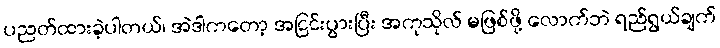
ပညတ်ထားခဲ့ပါတယ်၊ အဲဒါကတော့ အငြင်းပွားပြီး အကုသိုလ် မဖြစ်ဖို့ လောက်ဘဲ ရည်ရွယ်ချက်